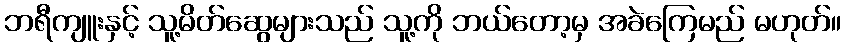
ဘရီကျူးနှင့် သူ့မိတ်ဆွေများသည် သူ့ကို ဘယ်တော့မှ အခဲကြေမည် မဟုတ်။